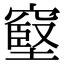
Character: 𥧬